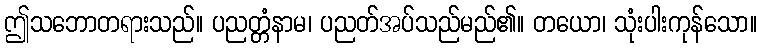
ဤသဘောတရားသည်။ ပညတ္တံနာမ၊ ပညတ်အပ်သည်မည်၏။ တယော၊ သုံးပါးကုန်သော။